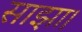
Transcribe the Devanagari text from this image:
साझा।